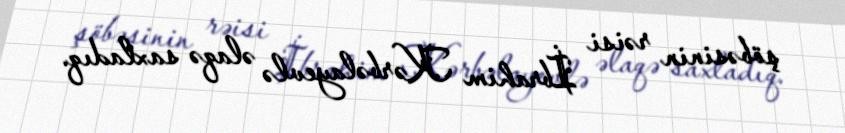
şöbəsinin rəisi İbrahim Kərbəlayevlə əlaqə saxladıq.